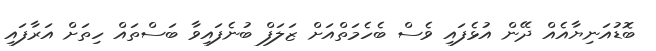
ބޮޑުއަނިޔާއެއް ދޭން އުޅެފައި ވެސް ބެހެމަތްއަށް ޒަލަފް ބުނެފައިވާ ބަސްތައް ހިތަށް އަރާފައި